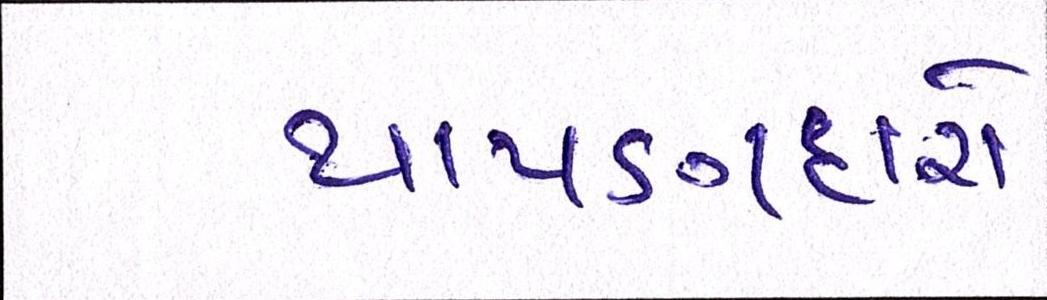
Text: થાપણદારો